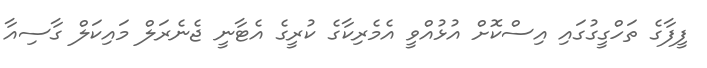
ފީފާގެ ތަހްގީގުގައި އިސްކޮށް އުޅުއްވީ އެމެރިކާގެ ކުރީގެ އެޓާނީ ޖެނެރަލް މައިކަލް ގާސިއާ